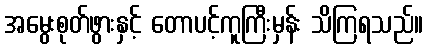
အမွေးစုတ်ဖွားနှင့် တောပင့်ကူကြီးမှန်း သိကြရသည်။